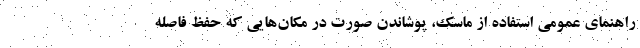
راهنمای عمومی استفاده از ماسک، پوشاندن صورت در مکان‌هایی که حفظ فاصله